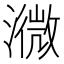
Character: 㵟